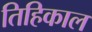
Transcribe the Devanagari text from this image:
तिहिकाल